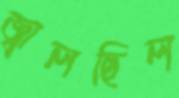
জ্বালছিল